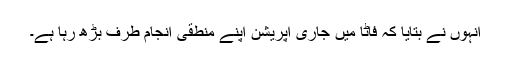
انہوں نے بتایا کہ فاٹا میں جاری آپریشن اپنے منطقی انجام طرف بڑھ رہا ہے۔